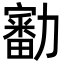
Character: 㔤